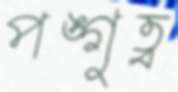
পঙ্গুত্ব